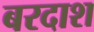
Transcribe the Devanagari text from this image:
बरदाश